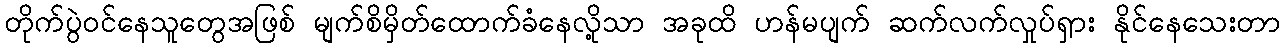
တိုက်ပွဲဝင်နေသူတွေအဖြစ် မျက်စိမှိတ်ထောက်ခံနေလို့သာ အခုထိ ဟန်မပျက် ဆက်လက်လှုပ်ရှား နိုင်နေသေးတာ